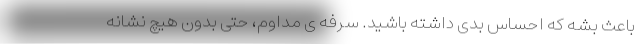
باعث بشه که احساس بدی داشته باشید. سرفه ی مداوم، حتی بدون هیچ نشانه